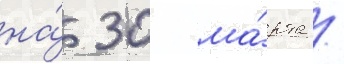
на́ 30 ма́рта /